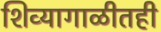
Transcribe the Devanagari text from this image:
शिव्यागाळीतही